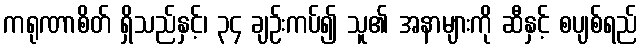
ကရုဏာစိတ် ရှိသည်နှင့်၊ ၃၄ ချဉ်းကပ်၍ သူ၏ အနာများကို ဆီနှင့် စပျစ်ရည်